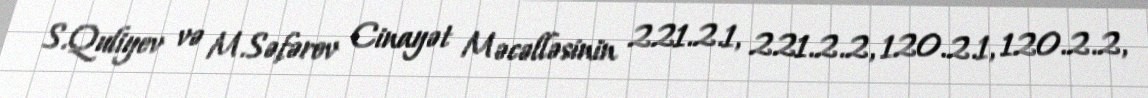
S.Quliyev və M.Səfərov Cinayət Məcəlləsinin 221.2.1, 221.2.2, 120.2.1, 120.2.2,